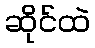
ဆိုင်ထဲ